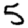
Digit: 5